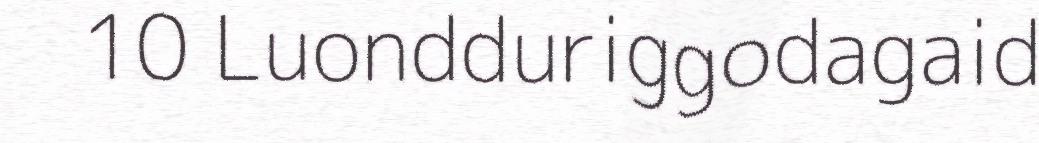
10 Luondduriggodagaid